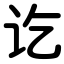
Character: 讫